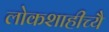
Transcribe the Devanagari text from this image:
लोकशाहीच्यै